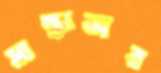
মান্ধাতার